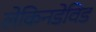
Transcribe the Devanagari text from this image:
लेकिनडेविड